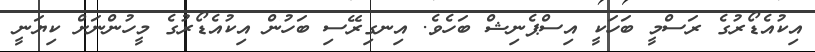
އިކުއެޑޯރުގެ ރަސްމީ ބަހަކީ އިސްޕެނިޝް ބަހެވެ. އިނގިރޭސި ބަހުން އިކުއެޑޯރުގެ މީހުންނަށް ކިޔަނީ